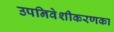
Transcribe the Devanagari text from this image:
उपनिवेशीकरणका